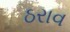
ઠરાવ